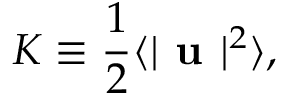
K \equiv \frac { 1 } { 2 } \langle | \textbf { u } | ^ { 2 } \rangle ,